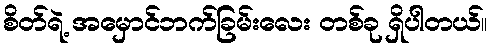
စိတ်ရဲ့ အမှောင်ဘက်ခြမ်းလေး တစ်ခု ရှိပါတယ်။